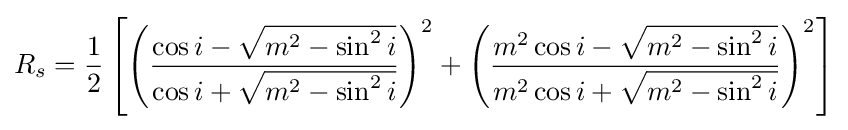
R_{s}={\frac {1}{2}}\left[\left({\frac {\cos i-{\sqrt {m^{2}-\sin ^{2}i}}}{\cos i+{\sqrt {m^{2}-\sin ^{2}i}}}}\right)^{2}+\left({\frac {m^{2}\cos i-{\sqrt {m^{2}-\sin ^{2}i}}}{m^{2}\cos i+{\sqrt {m^{2}-\sin ^{2}i}}}}\right)^{2}\right]